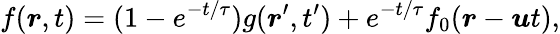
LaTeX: f(\boldsymbol{r},t)=(1-e^{-t/\tau})g(\boldsymbol{r}^{\prime},t^{\prime})+e^{-t/\tau}f_{0}(\boldsymbol{r}-\boldsymbol{u}t),